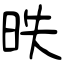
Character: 昳